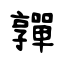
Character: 嚲